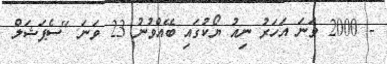
- 2000 ވަނަ އަހަރު ނިއު ޔޯކުގައި ބޭއްވުނު 23 ވަނަ "ސެޕަޝަލް